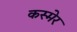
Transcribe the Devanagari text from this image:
कस्मेर